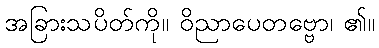
အခြားသပိတ်ကို။ ဝိညာပေတဗ္ဗော၊ ၏။